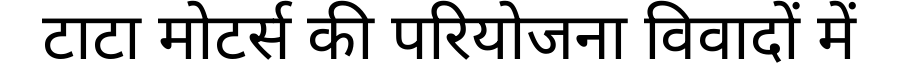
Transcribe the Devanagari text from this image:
टाटा मोटर्स की परियोजना विवादों में